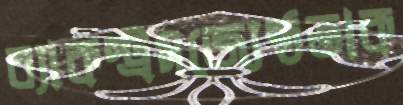
ব্যাকস্ট্রমজ্যেষ্ঠতাক